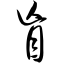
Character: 盲